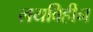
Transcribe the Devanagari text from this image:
लयविहीन